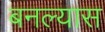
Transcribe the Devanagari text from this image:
बनल्यास